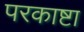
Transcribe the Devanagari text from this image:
परकाष्टा